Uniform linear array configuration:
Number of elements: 16
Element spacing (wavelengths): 0.5
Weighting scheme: exponential
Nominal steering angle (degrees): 45
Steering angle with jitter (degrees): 44.1
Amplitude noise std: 0.05
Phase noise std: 0.05

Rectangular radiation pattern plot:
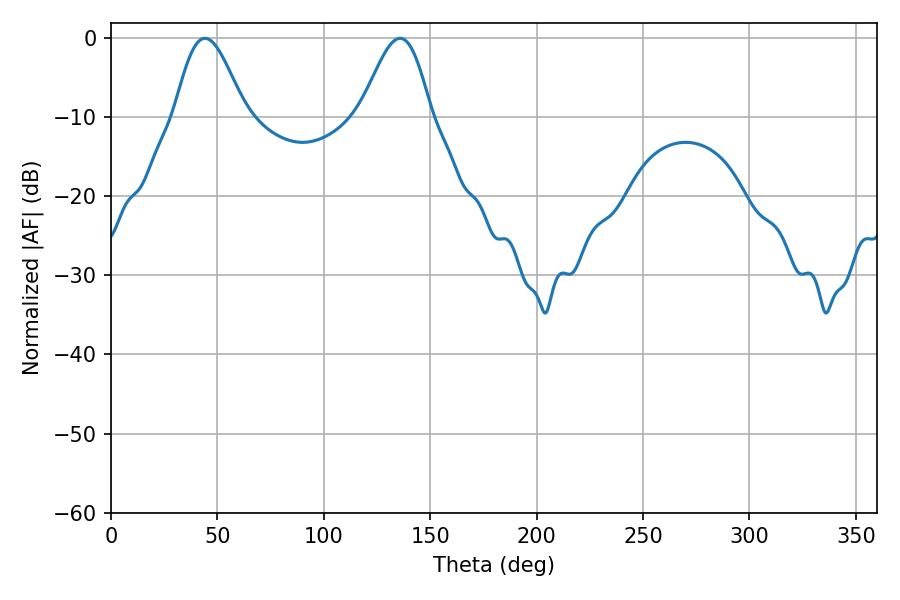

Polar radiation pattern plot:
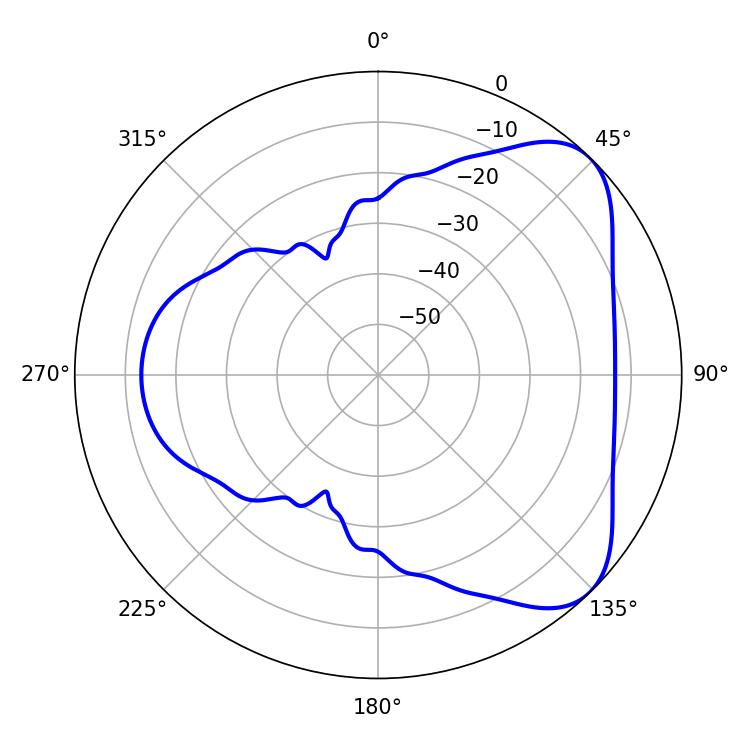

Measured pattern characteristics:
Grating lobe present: FALSE
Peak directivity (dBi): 5.952
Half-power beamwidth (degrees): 17.64
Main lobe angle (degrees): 44.1